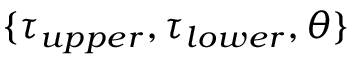
\{ \tau _ { u p p e r } , \tau _ { l o w e r } , \theta \}